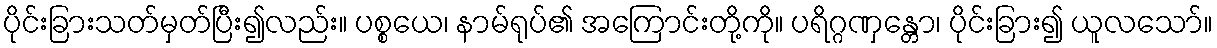
ပိုင်းခြားသတ်မှတ်ပြီး၍လည်း။ ပစ္စယေ၊ နာမ်ရုပ်၏ အကြောင်းတို့ကို။ ပရိဂ္ဂဏှန္တော၊ ပိုင်းခြား၍ ယူလသော်။